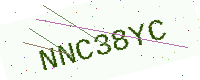
Text: NNC38YC